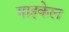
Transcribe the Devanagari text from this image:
गाइकेल